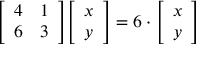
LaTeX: { \left[ \begin{array} { l l } { 4 } & { 1 } \\ { 6 } & { 3 } \end{array} \right] } { \left[ \begin{array} { l } { x } \\ { y } \end{array} \right] } = 6 \cdot { \left[ \begin{array} { l } { x } \\ { y } \end{array} \right] }